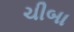
ચીબા